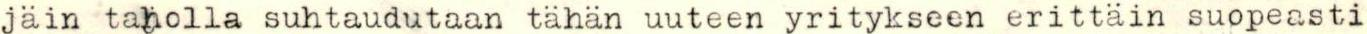
jäin taholla suhtaudutaan tähän uuteen yritykseen erittäin suopeasti